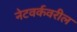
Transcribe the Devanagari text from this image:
नेटवर्कवरील